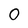
Character: O